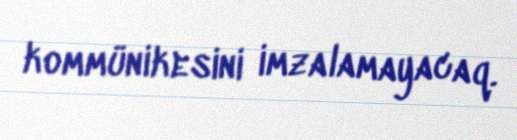
kommünikesini imzalamayacaq.